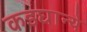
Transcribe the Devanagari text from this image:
कडघान्ये